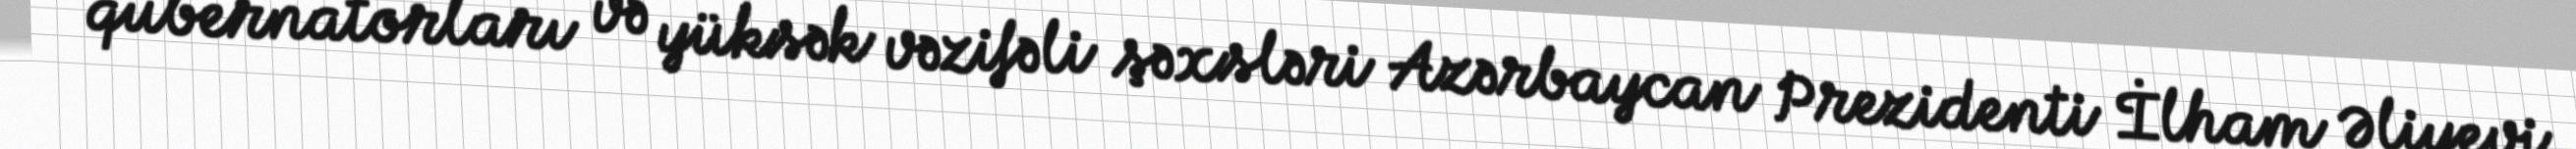
qubernatorları və yüksək vəzifəli şəxsləri Azərbaycan Prezidenti İlham Əliyevi